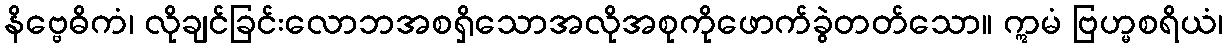
နိဗ္ဗေဓိကံ၊ လိုချင်ခြင်းလောဘအစရှိသောအလိုအစုကိုဖောက်ခွဲတတ်သော။ ဣမံ ဗြဟ္မစရိယံ၊